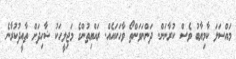
މައްސަލަ ކާމިޔާބު ވެސް ކުރާނަން. ދަންނަވަންތޯ ވާހަކައެއް. ރައްޔިތުންގެ މަޖިލީހަކު ޝާހިދަށް ތާއީދުކުރާނެ